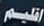
اقليم